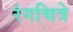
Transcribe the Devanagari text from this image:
रंगचित्रे